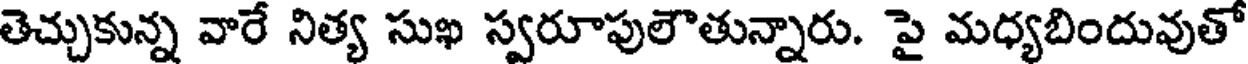
తెచ్చుకున్న వారే నిత్య సుఖ స్వరూపులౌతున్నారు. పై మధ్యబిందువుతో